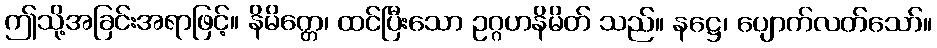
ဤသို့အခြင်းအရာဖြင့်။ နိမိတ္တေ၊ ထင်ပြီးသော ဥဂ္ဂဟနိမိတ် သည်။ နဋ္ဌေ၊ ပျောက်လတ်သော်။